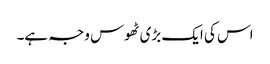
اس کی ایک بڑی ٹھوس وجہ ہے۔